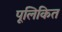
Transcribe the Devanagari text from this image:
पूलिकित